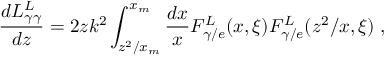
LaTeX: \frac { d L _ { \gamma \gamma } ^ { L } } { d z } = 2 z k ^ { 2 } \int _ { z ^ { 2 } / x _ { m } } ^ { x _ { m } } \frac { d x } { x } F _ { \gamma / e } ^ { L } ( x , \xi ) F _ { \gamma / e } ^ { L } ( z ^ { 2 } / x , \xi ) \; ,